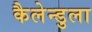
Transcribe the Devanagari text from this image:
कैलेन्डुला